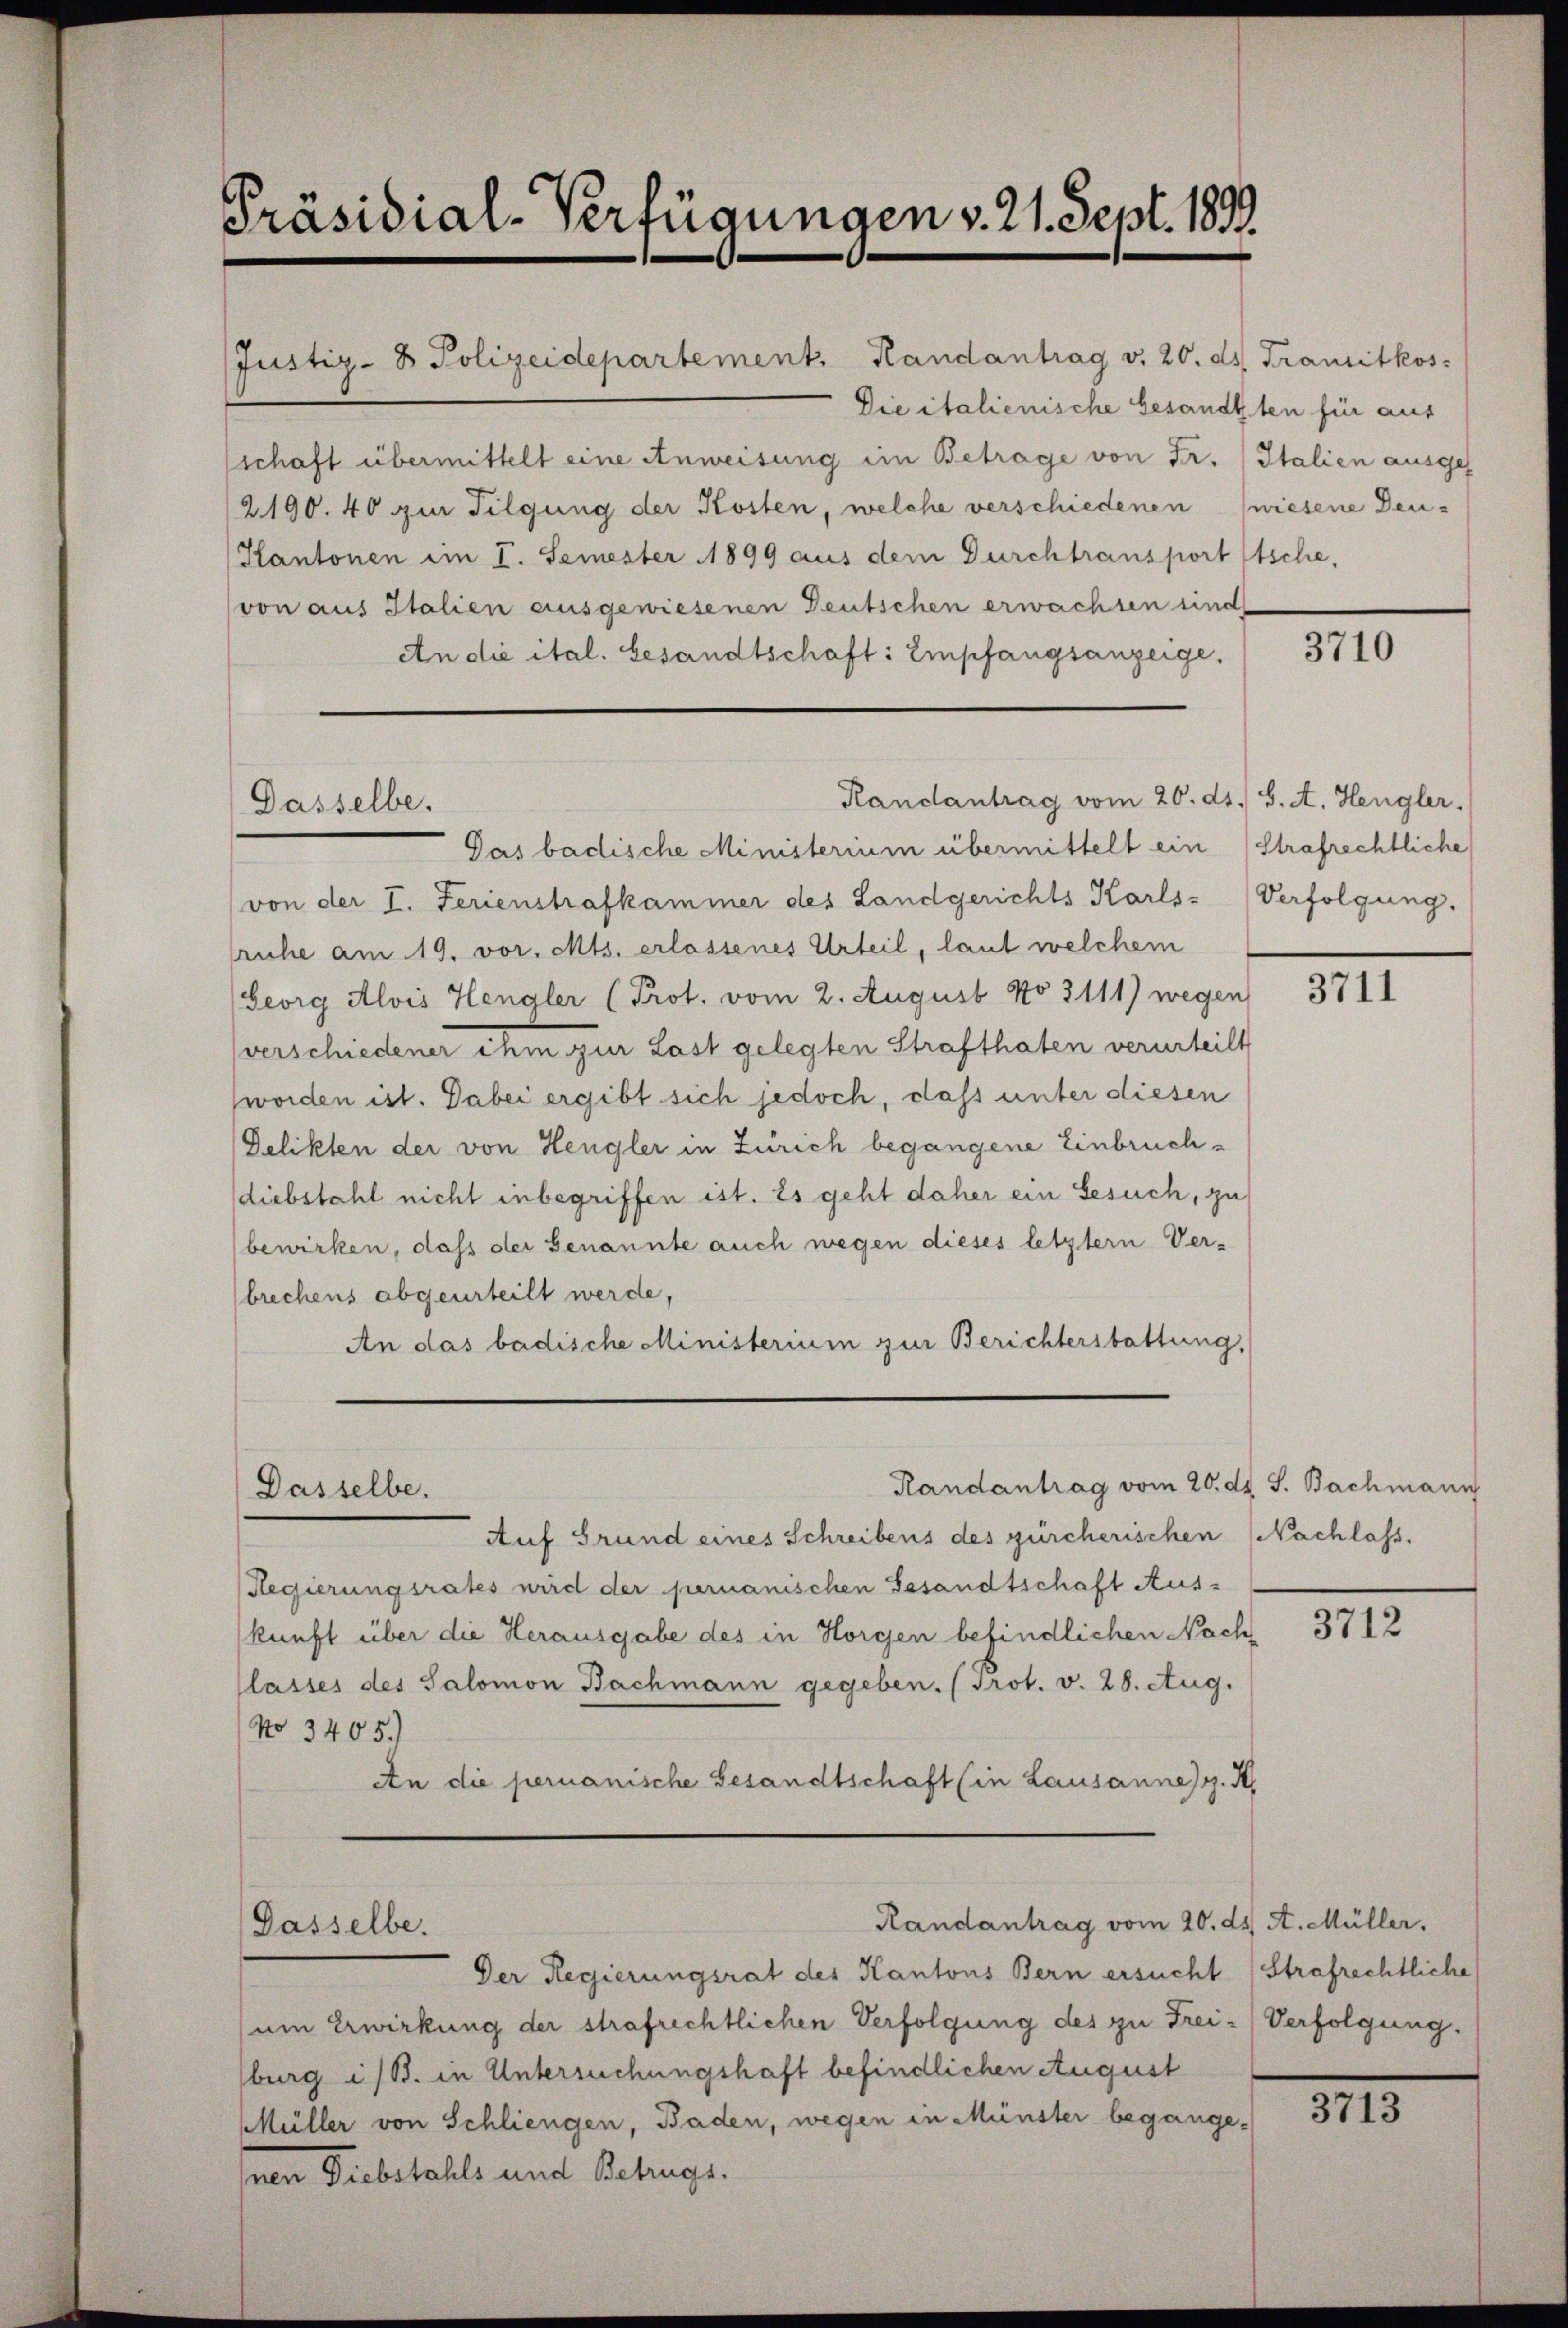
Präsidial-Verfügungen v. 21. Sept. 1899.

Justiz- & Polizeidepartement. Randantrag v. 20. ds. Transitkos
Die italienische besandten für aus
schaft übermittelt eine Anweisung im Betrage von Fr. Italien ausges
2190. 40 zu Tilgung der Kosten, welche verschiedenen wiesene Deu-
Kantonen im I. Semester 1899 aus dem Durchtransport Itsche,
von aus Italien ausgewiesenen Deutschen erwachten sind
An die ital. Gesandtschaft: Empfangsanzeige.
Randantrag vom 20. ds. S. A. Hengler.
Das badische Ministerium übermittelt ein Strafrechtliche
(von der I. Ferienstrafkammer des Landgerichts Karls-Verfolgung.
ruhe am 19. vor. Mts. erlassenes Urteil, laut welchem
Georg Alois Hengler (Prot. vom 2. August No 2111) wegen 3711
verschiedener ihm zur Last gelegten Strafthaten verurteilt
worden ist. Dabei ergibt sich jedoch, dass unter diesen
Delikten der von Hengler in Zürich begangene Einbruch-
diebstahl nicht inbegriffen ist. Es geht daher ein Gesuch, zu
bewirken, dass der Genannte auch wegen dieses letztern Ver-
brechens abgeurteilt werde,
An das badische Ministerium zur Berichtersbattung,

Dasselbe.

Randantrag vom 20. d. J. Bachmann
Dasselbe.

Randantrag vom 20. ds. A. Müller.
Dasselbe.

Der Regierungsrat des Kantons Bern ersucht (Strafrechtliche
um Erwirkung der strafrechtlichen Verfolgung des zu Frei- Verfolgung.
burg i/B. in Untersuchungshaft befindlichen August
Müller von Schliengen, Baden, wegen in Münster begange-
nen Diebstahls und Betrugs.

Auf Grund eines Schreibens des zürcherischen Nachlass.
Regierungsrates wird der permanischen Gesandtschaft Auskunft über die Herausgabe des in Horgen befindlichen Nach¬
Classes des Salomon Bachmann gegeben. (Prot. v. 28. Aug.
No 3405.)
An die peruanische Gesandtschaft (in Lausannesg. R.

3710

3712

3713